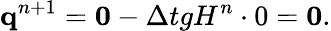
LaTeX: \mathbf{q}^{n+1}=\mathbf{0}-{\Delta t}gH^{n}\cdot 0=\mathbf{0}.